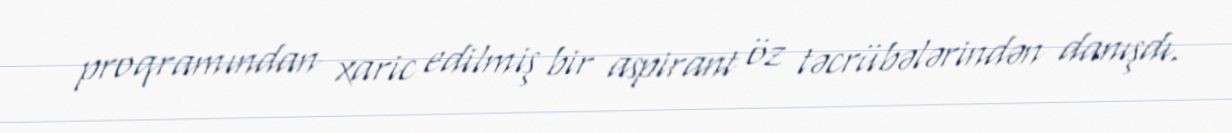
proqramından xaric edilmiş bir aspirant öz təcrübələrindən danışdı.